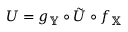
U = g _ { \mathbb { Y } } \circ \tilde { U } \circ f _ { \mathbb { X } }